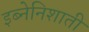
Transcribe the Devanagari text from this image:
इब्नेनिशाती